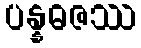
ပန္နဓဇဿ